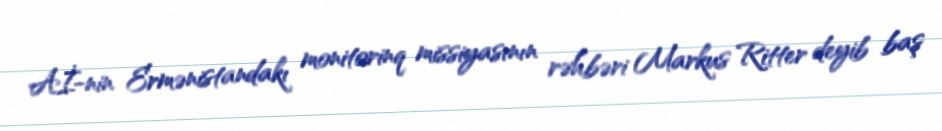
Aİ-nin Ermənistandakı monitorinq missiyasının rəhbəri Markus Ritter deyib baş